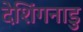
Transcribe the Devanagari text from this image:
देशिंगनाडु